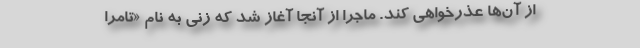
از آن‌ها عذرخواهی کند. ماجرا از آنجا آغاز شد که زنی به نام «تامرا